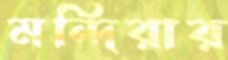
মন্দিরার